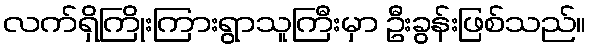
လက်ရှိကြိုးကြားရွာသူကြီးမှာ ဦးခွန်းဖြစ်သည်။